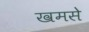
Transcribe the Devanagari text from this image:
खमसे